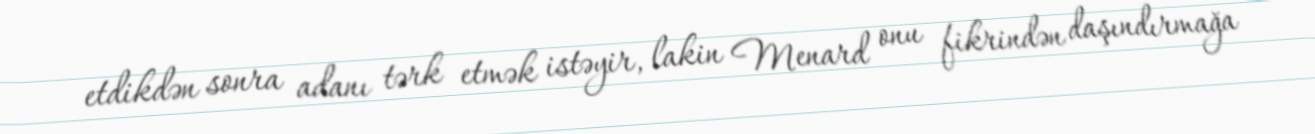
etdikdən sonra adanı tərk etmək istəyir, lakin Menard onu fikrindən daşındırmağa